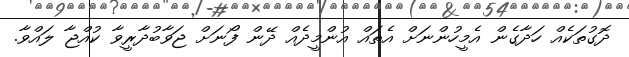
ދޮގުތަކެއް ހަދާގެން އެމީހުންނަށް އެތައް އުންމީދެއް ދޭން ފޯނަށް ޖަވާބުދާރީވާ ކުއްޖާ ލައްވާ.